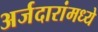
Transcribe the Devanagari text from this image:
अर्जदारांमध्ये